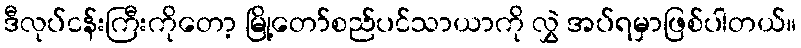
ဒီလုပ်ငန်းကြီးကိုတော့ မြို့တော်စည်ပင်သာယာကို လွှဲ အပ်ရမှာဖြစ်ပါတယ်။